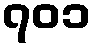
၇၀၁